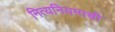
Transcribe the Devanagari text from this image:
नित्यनियमाची